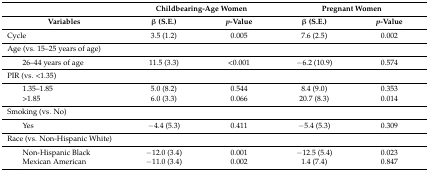
<table><thead><tr><td></td><td colspan="2"><b>Childbearing-Age Women</b></td><td colspan="2"><b>Pregnant Women</b></td></tr><tr><td><b>Variables</b></td><td><b>β (S.E.)</b></td><td><b><i>p</i>-Value</b></td><td><b>β (S.E.)</b></td><td><b><i>p</i>-Value</b></td></tr></thead><tbody><tr><td>Cycle </td><td>3.5 (1.2)</td><td>0.005</td><td>7.6 (2.5)</td><td>0.002</td></tr><tr><td>Age (vs. 15–25 years of age)</td><td></td><td></td><td></td><td></td></tr><tr><td>26–44 years of age</td><td>11.5 (3.3)</td><td>&lt;0.001</td><td>−6.2 (10.9)</td><td>0.574</td></tr><tr><td>PIR (vs. &lt;1.35)</td><td></td><td></td><td></td><td></td></tr><tr><td>1.35–1.85</td><td>5.0 (8.2)</td><td>0.544</td><td>8.4 (9.0)</td><td>0.353</td></tr><tr><td>&gt;1.85</td><td>6.0 (3.3)</td><td>0.066</td><td>20.7 (8.3)</td><td>0.014</td></tr><tr><td>Smoking (vs. No)</td><td></td><td></td><td></td><td></td></tr><tr><td>Yes</td><td>−4.4 (5.3)</td><td>0.411</td><td>−5.4 (5.3)</td><td>0.309</td></tr><tr><td>Race (vs. Non-Hispanic White)</td><td></td><td></td><td></td><td></td></tr><tr><td>Non-Hispanic Black</td><td>−12.0 (3.4)</td><td>0.001</td><td>−12.5 (5.4)</td><td>0.023</td></tr><tr><td>Mexican American</td><td>−11.0 (3.4)</td><td>0.002</td><td>1.4 (7.4)</td><td>0.847</td></tr></tbody></table>